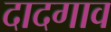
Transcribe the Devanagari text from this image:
दादगाव